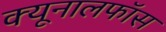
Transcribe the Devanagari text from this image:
क्‍यूनालफॉस